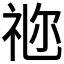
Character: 𥙧